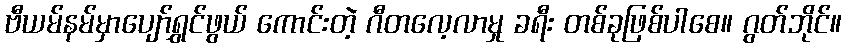
ဗီယမ်နမ်မှာပျော်ရွှင်ဖွယ် ကောင်းတဲ့ ဂီတလေ့လာမှု ခရီး တစ်ခုဖြစ်ပါစေ။ ဂွတ်ဘိုင်။